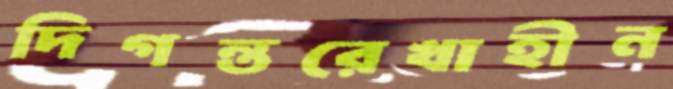
দিগন্তরেখাহীন